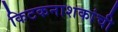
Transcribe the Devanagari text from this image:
किटकनाशकांची